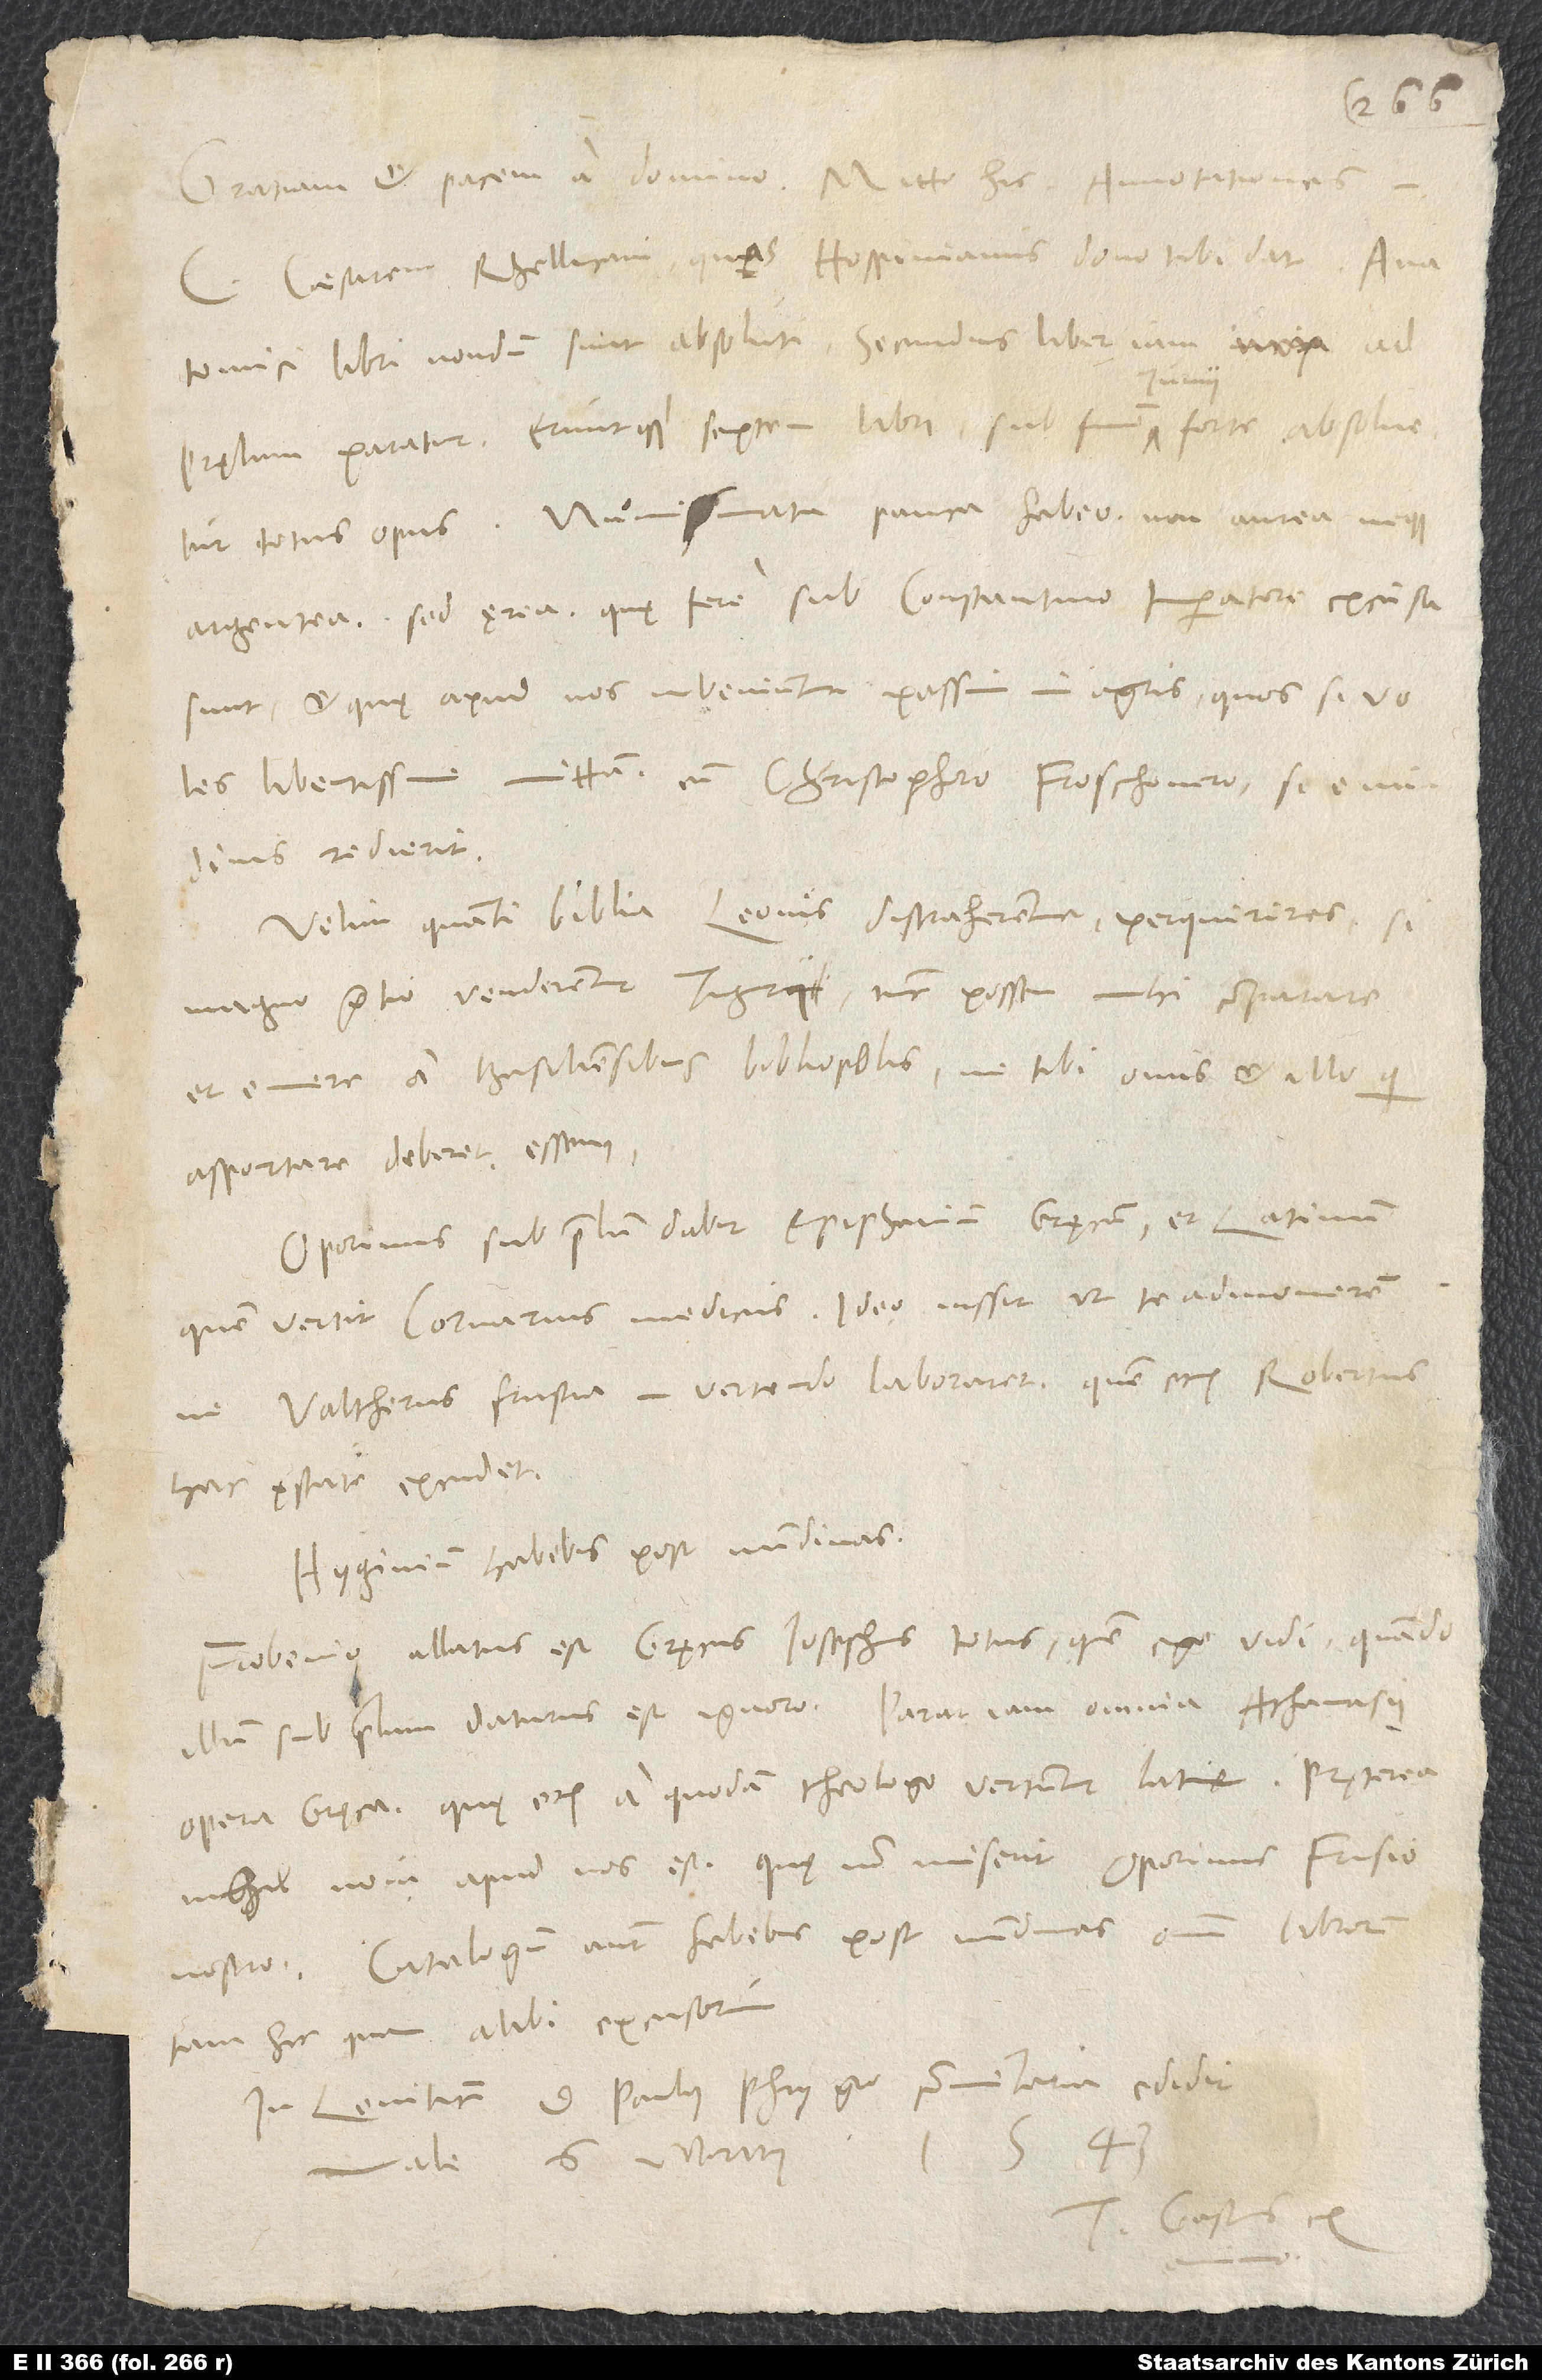
C. Caesarem Rhellicani, quas Hospinianus dono tibi dat. Anatomici
libri nondum sunt absoluti. Secundus liber iam ad
pręlum paratur, eruntque septem libri; sub finem iunii forte absolvetur
totum opus. Numismata pauca habeo, non aurea
argentea, sed ęrea, quę fere sub Constantino imperatore excusa
sunt et quę apud nos inveniuntur passim in agris. Quos si voles,
libentisime mittam cum Christophoro Froschouero, si e nundinis
Velim, quanti Biblia Leonis distraherentur, perquireres. Si
magno pretio venderentur Tiguri, tunc possem mihi comparare
et emere a Basiliensibus bibliopolis, ne tibi onus et illi, qui
asportare deberet, essem.
Oporinus sub prelum dabit Epiphanium Gręcum et Latinum,
quem vertit Cornarius medicus. Ideo iussit, ut te admonerem,
ne Valtherus frustra in vertendo laboraret, quem etiam Robertus
hac ęstate excudet.
Hyginium habebis post nundinas.
Frobenio allatus est Gręcus Iosephus totus, quem ego vidi; quando
illum sub prelum daturus est, ignoro. Parat iam omnia Athanasii
opera Gręca, quę etiam a quodam theologo vertuntur Latine. Pręterea
nihil novi apud nos est, quę non miserit Oporinus Frisio
nostro. Catalogum autem habebis post nundinas omnium librorum
tam hic quam alibi excusorum.
In Leviticum d. Paulus Phrygio commentaria edidit.
Vale. 6. martii